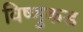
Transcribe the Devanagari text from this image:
विष्णुकड